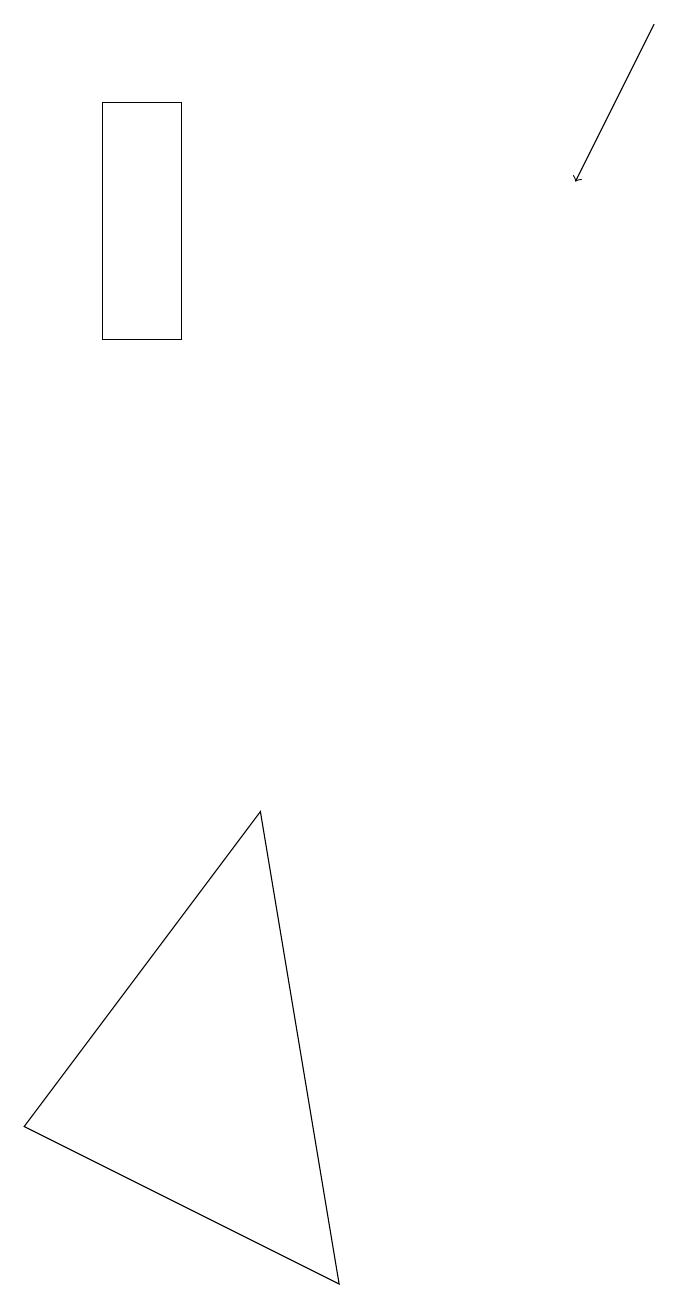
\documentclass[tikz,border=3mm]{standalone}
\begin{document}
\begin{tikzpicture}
\draw (2,18) rectangle (1,15);
\draw (4,3) -- (0,5) -- (3,9) -- cycle;
\draw[->] (8,19) -- (7,17);
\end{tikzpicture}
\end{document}